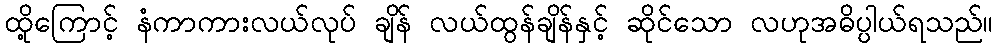
ထို့ကြောင့် နံကာကားလယ်လုပ် ချိန် လယ်ထွန်ချိန်နှင့် ဆိုင်သော လဟုအဓိပ္ပါယ်ရသည်။